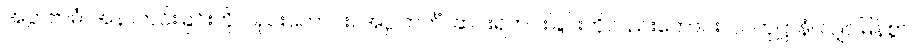
အပ္ပာဗာဓံ၊ အနာကင်းခြင်းကိုလည်းကောင်း။ အပ္ပါတင်္ကံ၊ ဆင်းရဲကင်းခြင်းကိုလည်းကောင်း။ လဟုဋ္ဌာနံ၊ လျှင်မြန်စွာ